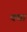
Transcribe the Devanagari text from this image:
क्यां